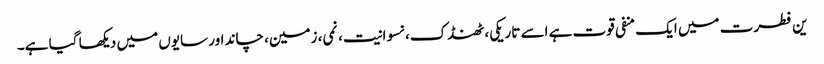
ین فطرت میں ایک منفی قوت ہے اسے تاریکی، ٹھنڈک، نسوانیت، نمی، زمین، چاند اور سایوں میں دیکھا گیا ہے۔